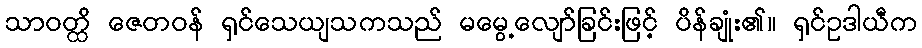
သာဝတ္ထိ ဇေတဝန် ရှင်သေယျသကသည် မမွေ့လျော်ခြင်းဖြင့် ပိန်ချုံး၏။ ရှင်ဥဒါယီက